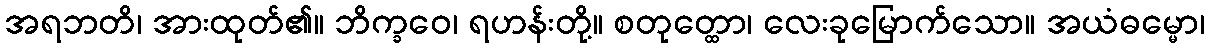
အရဘတိ၊ အားထုတ်၏။ ဘိက္ခဝေ၊ ရဟန်းတို့။ စတုတ္ထော၊ လေးခုမြောက်သော။ အယံဓမ္မော၊